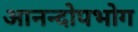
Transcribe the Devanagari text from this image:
आनन्दोपभोग